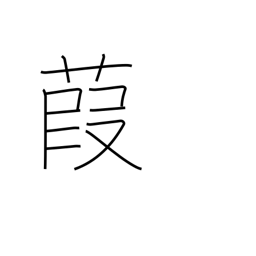
Meaning: reed